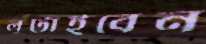
লুটাইবেন